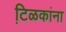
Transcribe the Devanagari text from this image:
टि़ळकांना